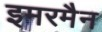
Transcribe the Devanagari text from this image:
इमरमैन